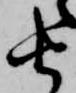
由